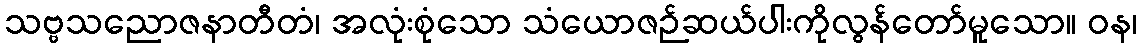
သဗ္ဗသညောဇနာတီတံ၊ အလုံးစုံသော သံယောဇဉ်ဆယ်ပါးကိုလွန်တော်မူသော။ ဝန၊